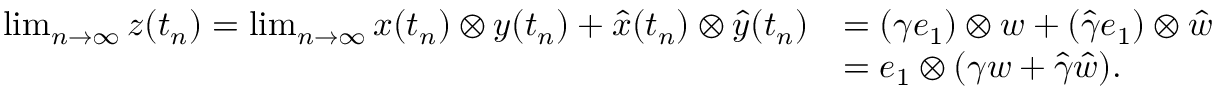
\begin{array} { r l } { \operatorname* { l i m } _ { n \to \infty } z ( t _ { n } ) = \operatorname* { l i m } _ { n \to \infty } x ( t _ { n } ) \otimes y ( t _ { n } ) + \hat { x } ( t _ { n } ) \otimes \hat { y } ( t _ { n } ) } & { = ( \gamma e _ { 1 } ) \otimes w + ( \hat { \gamma } e _ { 1 } ) \otimes \hat { w } } \\ & { = e _ { 1 } \otimes ( \gamma w + \hat { \gamma } \hat { w } ) . } \end{array}